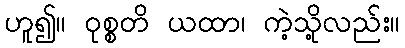
ဟူ၍။ ဝုစ္စတိ ယထာ၊ ကဲ့သို့လည်း။